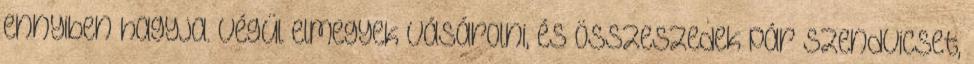
ennyiben hagyja. Végül elmegyek vásárolni, és összeszedek pár szendvicset,